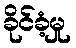
ခိုင်ခံ့မှု